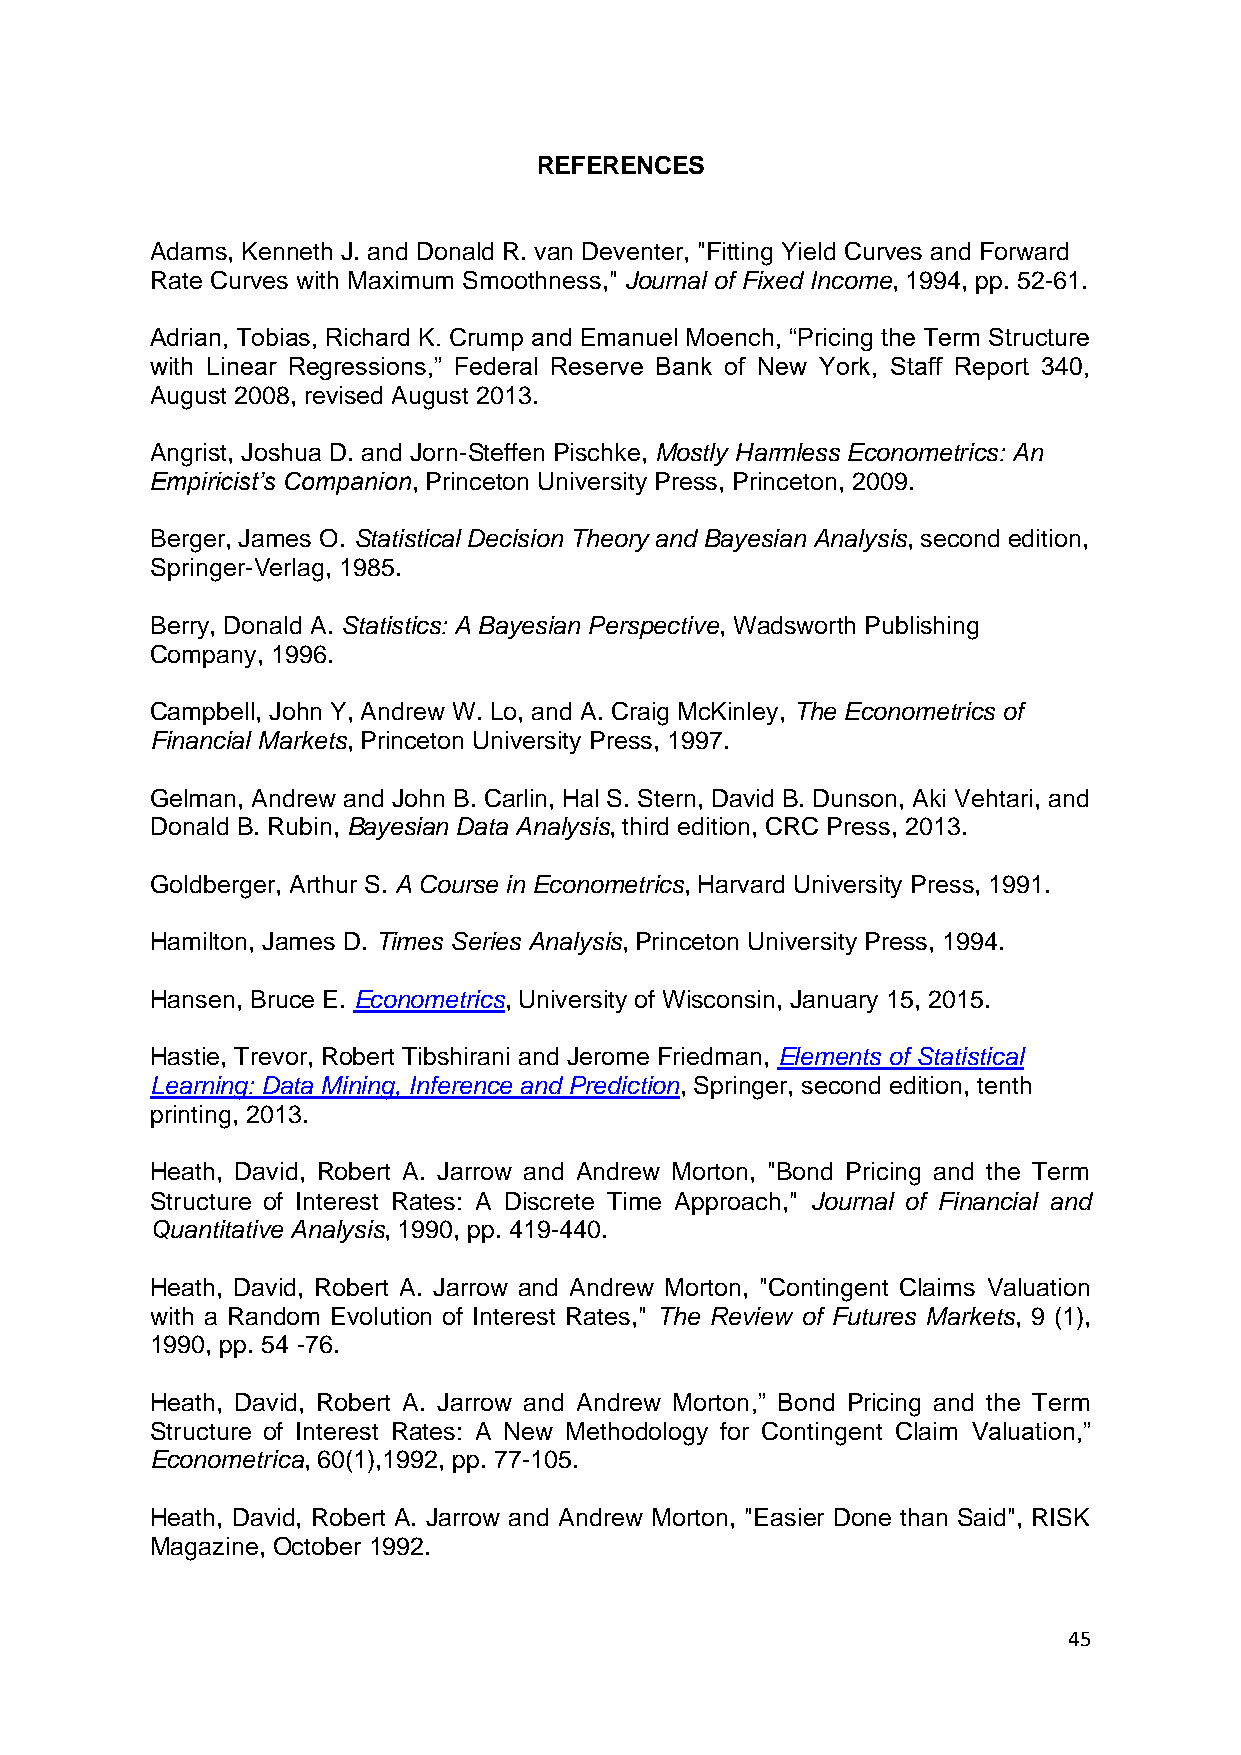
REFERENCES
 Adams, Kenneth J. and Donald R. van Deventer, "Fitting Yield Curves and Forward
 Rate Curves with Maximum Smoothness," Journal of Fixed Income, 1994, pp. 52-61.
 Adrian, Tobias, Richard K. Crump and Emanuel Moench, “Pricing the Term Structure
 with Linear Regressions,” Federal Reserve Bank of New York, Staff Report 340,
 August 2008, revised August 2013.
 Angrist, Joshua D. and Jorn-Steffen Pischke, Mostly Harmless Econometrics: An
 Empiricist’s Companion, Princeton University Press, Princeton, 2009.
 Berger, James O. Statistical Decision Theory and Bayesian Analysis, second edition,
 Springer-Verlag, 1985.
 Berry, Donald A. Statistics: A Bayesian Perspective, Wadsworth Publishing
 Company, 1996.
 Campbell, John Y, Andrew W. Lo, and A. Craig McKinley, The Econometrics of
 Financial Markets, Princeton University Press, 1997.
 Gelman, Andrew and John B. Carlin, Hal S. Stern, David B. Dunson, Aki Vehtari, and
 Donald B. Rubin, Bayesian Data Analysis, third edition, CRC Press, 2013.
 Goldberger, Arthur S. A Course in Econometrics, Harvard University Press, 1991.
 Hamilton, James D. Times Series Analysis, Princeton University Press, 1994.
 Hansen, Bruce E. Econometrics, University of Wisconsin, January 15, 2015.
 Hastie, Trevor, Robert Tibshirani and Jerome Friedman, Elements of Statistical
 Learning: Data Mining, Inference and Prediction, Springer, second edition, tenth
 printing, 2013.
 Heath, David, Robert A. Jarrow and Andrew Morton, "Bond Pricing and the Term
 Structure of Interest Rates: A Discrete Time Approach," Journal of Financial and
 Quantitative Analysis, 1990, pp. 419-440.
 Heath, David, Robert A. Jarrow and Andrew Morton, "Contingent Claims Valuation
 with a Random Evolution of Interest Rates," The Review of Futures Markets, 9 (1),
 1990, pp. 54 -76.
 Heath, David, Robert A. Jarrow and Andrew Morton,” Bond Pricing and the Term
 Structure of Interest Rates: A New Methodology for Contingent Claim Valuation,”
 Econometrica, 60(1),1992, pp. 77-105.
 Heath, David, Robert A. Jarrow and Andrew Morton, "Easier Done than Said", RISK
 Magazine, October 1992.
 45